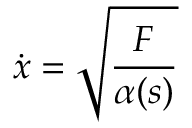
\dot { x } = \sqrt { \frac { F } { \alpha ( s ) } }